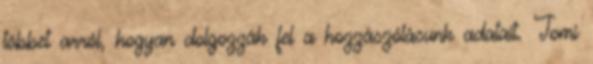
többet arról, hogyan dolgozzák fel a hozzászólásunk adatait. Tomi